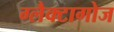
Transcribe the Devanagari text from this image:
ग्लैक्टागोज